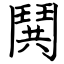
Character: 鬨